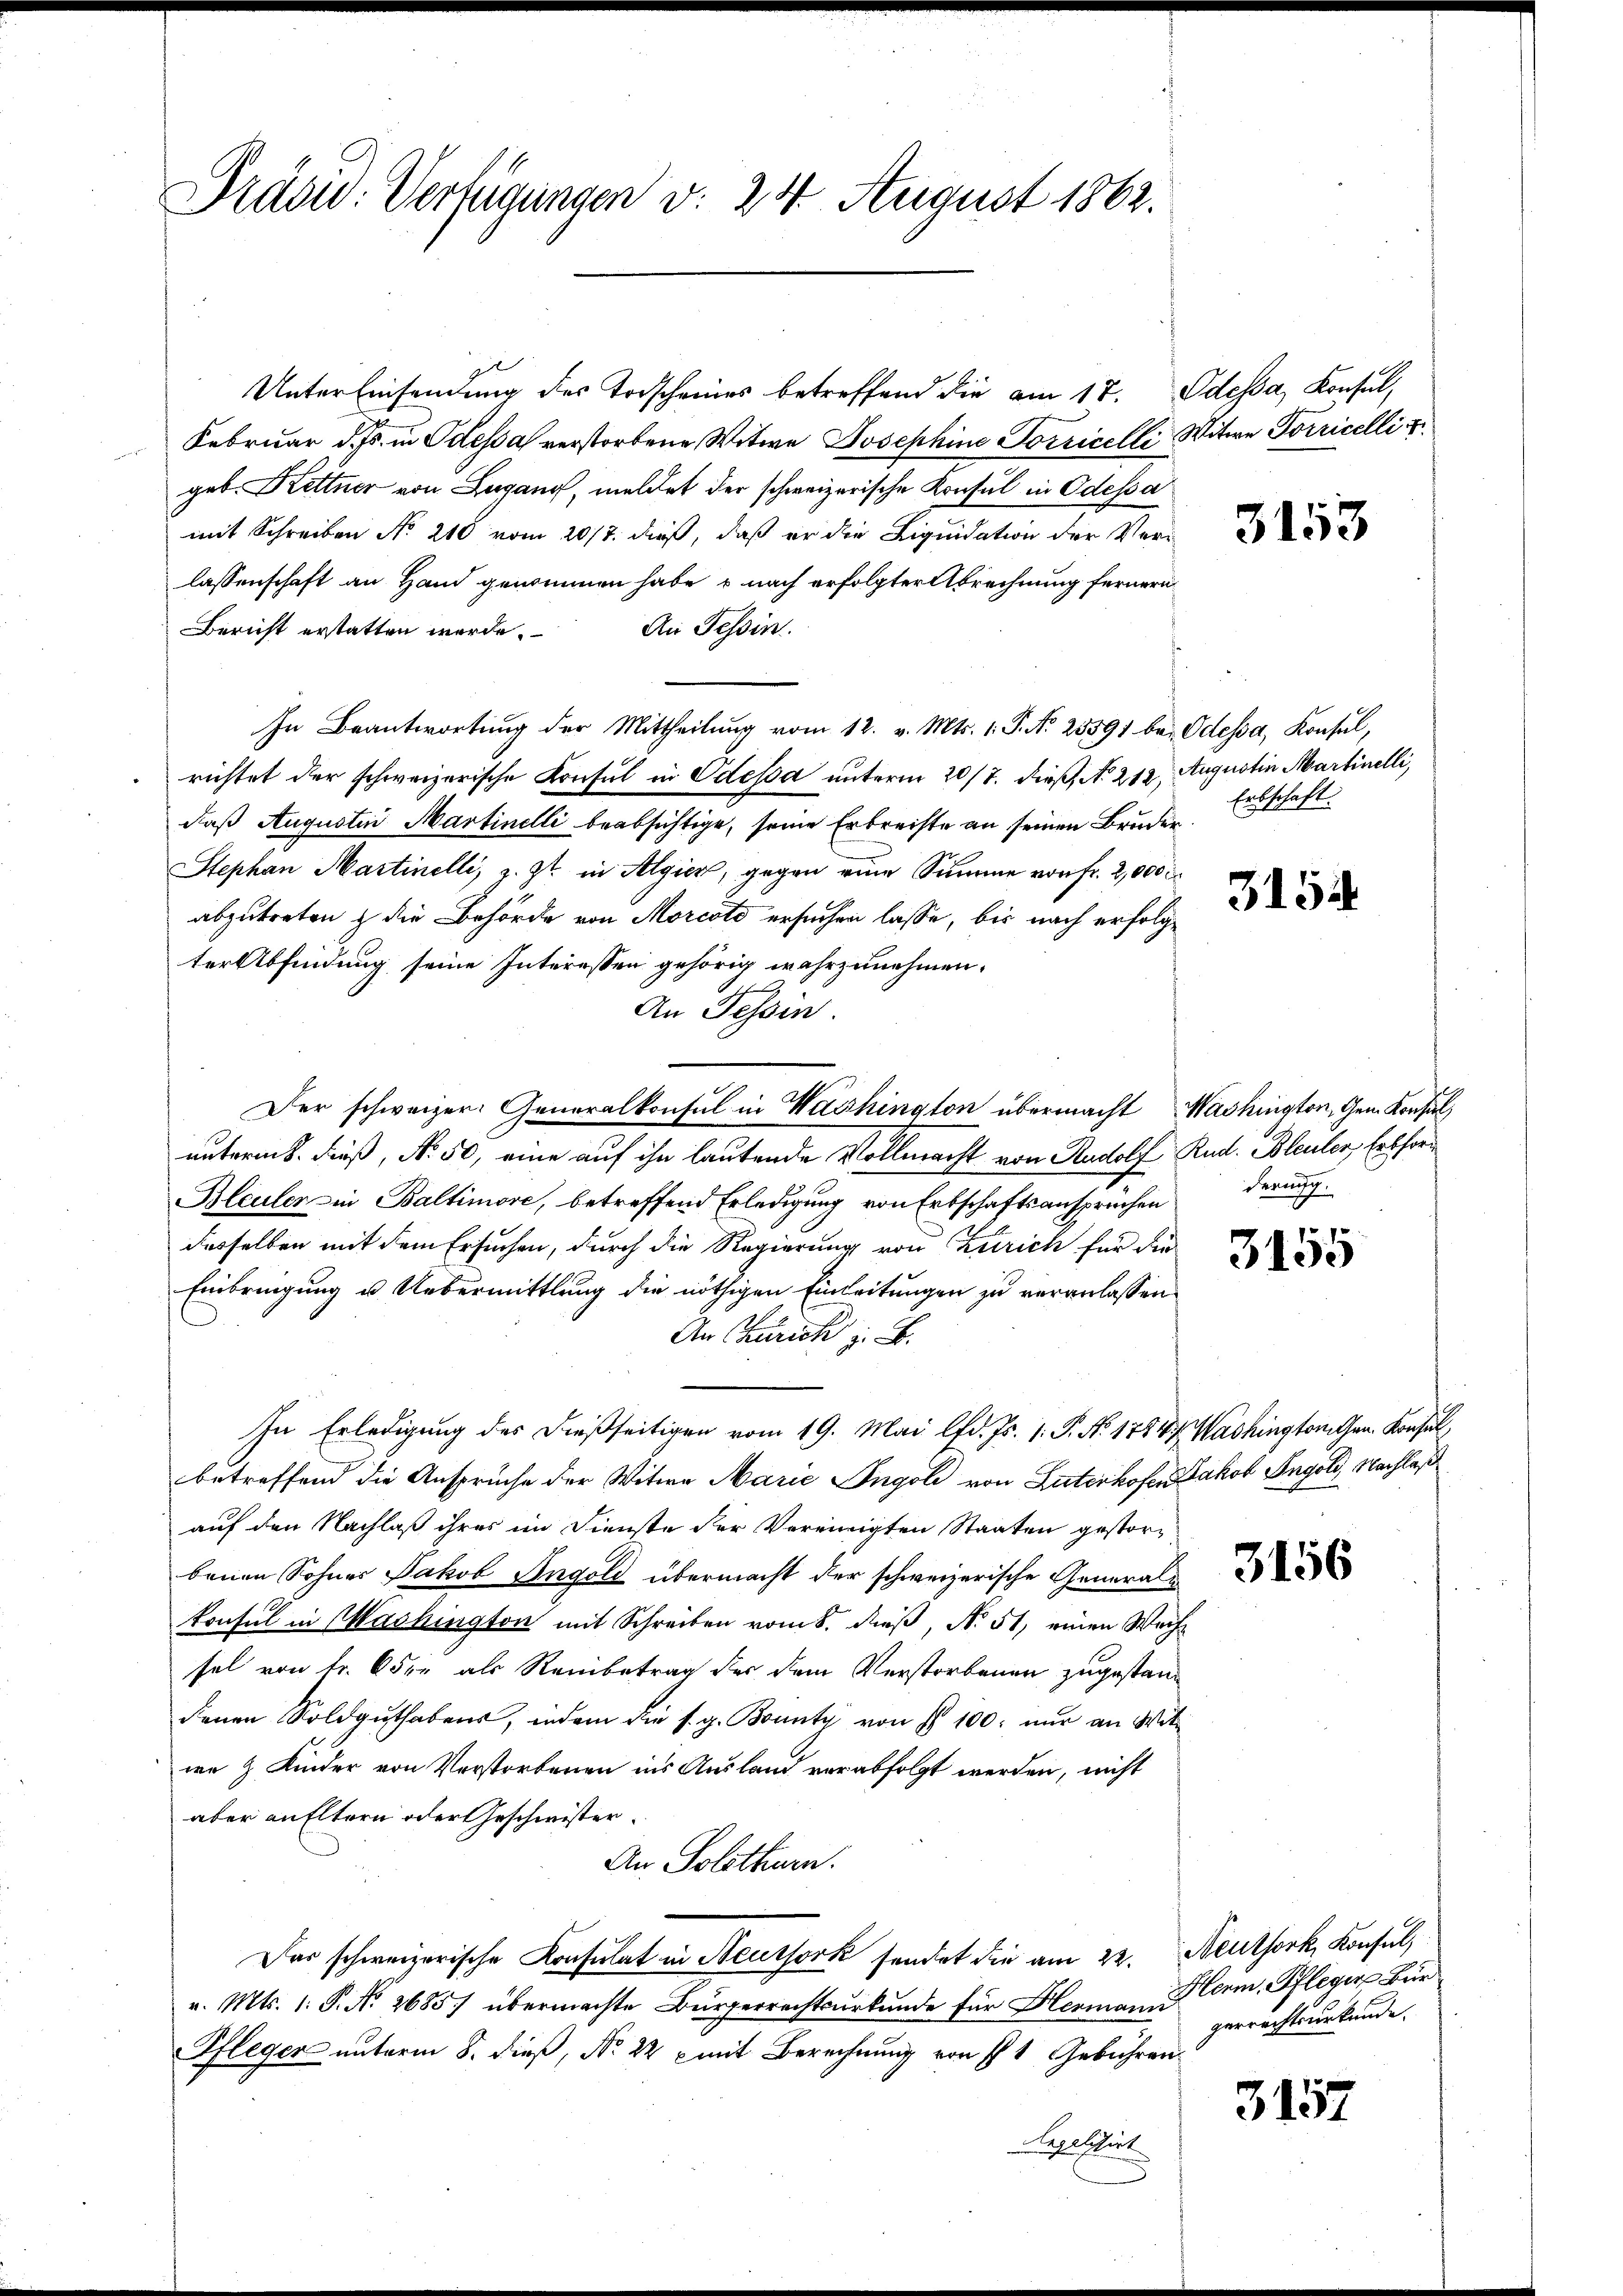
Präsid. Verfügungen v. 24 August 1862.

Unter Einsendung des Todscheines betreffend die am 17.
Februar d. Js. in Odessa verstorbene Witwe Josephine Sorricelle Witwe Porricelli
geb. Kettner von Lugano, meldet der schweizerische Konsul in Odessa
mit Schreiben No 210 vom 20/7. dieß, daß er die Liquidation der Verlassenschaft an Hand genommen habe, u nach erfolgter Abrechnung fernern
An Tessin.
Bericht erstatten werde.
In Beantwortung der Mittheilung vom 12. v. Mts. 1. P. Nr. 25591 bei Odessa, Konsul,
richtet der schweizerische Konsul in Odessa unterm 20/7. dieß, No 212, Augustin Martinelli,
daß Augustin Martinelli beabsichtige, seine Erbreiste an seinen Bruder
Stephan Martinelli, z. Zt. in Algier, gegen eine Summe von Fr. 2,000
abzutreten & die Behörde von Morcote ersuchen lasse, bis nach erfolge
terAbfindung seine Interessen gehörig wahrzunehmen.
.
An Tessin.
Der schweizer. Generalkonsul in Washington übermacht
untermik dieß, No. 50, eine auf ihn lautende Vollmacht von Rudolf Rud. Bleuler, Erbfor¬
Bleuler in Baltimore, betreffend Erledigung von Erbschaftsansprüchen
desselben mit dem Ersuchen, durch die Regierung von Zürich für die
Einbringung u. Uebermittlung die nöthigen Einleitungen zu veranlassen
An Zürich z. B.
In Erledigung des dießseitigen vom 19. Mai lfd. Js. 1. P. No. 1784. Washington Gen. Konsul
betreffend die Ansprüche der Witwe Marie Ingoli von Luterkofer Jakob Angold, Nachlaß
auf den Nachlaß ihres im Dienste der Vereinigten Staaten gestorbenen Sohner Jakob Ingold übermacht der schweizerische Generalkonsul in Washington mit Schreiben vom 8. dieß, N. 51, einen Wech
sel von Fr. 6 die als Reinbetrag der dem Verstorbenen zugestand
denen Soldgŭthabens, indem die s. g. Bounty von § 100: nur an Wit
we & Kinder von Verstorbenen ins Ausland verabfolgt werden, nicht
aber aufltern oder Geschwister.
An Solothurn.
Das schweizerische Konsulat in Neussork sendet die am 22. Neuthork, Konsul,
v. Mts. 1. P. No 2685/ übermachte Bürgerrechtsurkunde für Hermann
Pflegen unterm 8. dieß, No 22 x mit Berechnung von fl. 1 Gebühren
Regalitirt

Odessa, Konsul,

3153

Erbschaft.

315

Washington, Gem. Konsul
derung

p
3105

3156

Herm. Pfleger Bür
gerrechtsurkunde.

3157